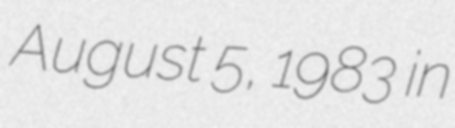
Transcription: August 5, 1983 in